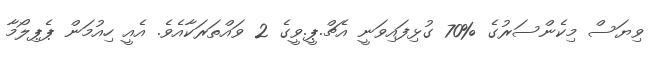
ވިޔަސް މިކެންސަރުގެ %70 ގުޅިފައިވަނީ އެޗް.ޕީ.ވީގެ 2 ވައްތަރަކާއެވެ. އެއީ ހިއުމަން ޕެޕިލޯމާ